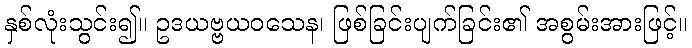
နှစ်လုံးသွင်း၍။ ဥဒယဗ္ဗယဝသေန၊ ဖြစ်ခြင်းပျက်ခြင်း၏ အစွမ်းအားဖြင့်။